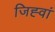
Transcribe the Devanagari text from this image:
जिह्वां